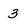
Character: 3